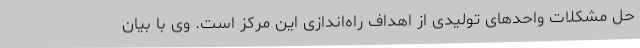
حل مشکلات واحدهای تولیدی از اهداف راه‌اندازی این مرکز است. وی با بیان